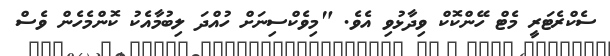
ސެކްރެޓަރީ މެޓް ހޭންކޮކް ވިދާޅުވި އެވެ. "މިވެކްސިނަށް ހުއްދަ ލިބުމާއެކު ކޮންމެހެން ވެސް